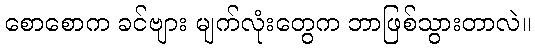
စောစောက ခင်ဗျား မျက်လုံးတွေက ဘာဖြစ်သွားတာလဲ။